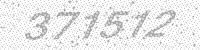
Solution: 371512